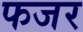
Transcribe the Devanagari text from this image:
फजर